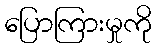
ပြောကြားမှုကို